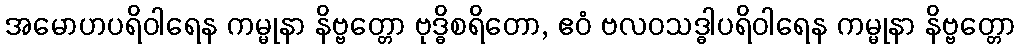
အမောဟပရိဝါရေန ကမ္မုနာ နိဗ္ဗတ္တော ဗုဒ္ဓိစရိတော, ဧဝံ ဗလဝသဒ္ဓါပရိဝါရေန ကမ္မုနာ နိဗ္ဗတ္တော